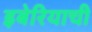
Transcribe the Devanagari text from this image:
इबेरियाची